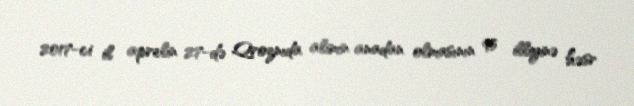
2017-ci il aprelin 27-də Qroznıda alimin anadan olmasının 95 illiyinə həsr